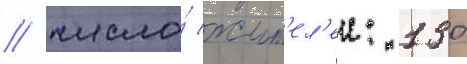
/ число́ жит'ел'еи: 130